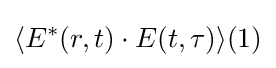
\langle E^{*}(r,t)\cdot E(t,\tau )\rangle (1)